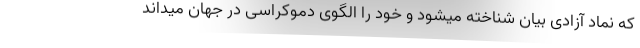
که نماد آزادی بیان شناخته میشود و خود را الگوی دموکراسی در جهان میداند